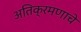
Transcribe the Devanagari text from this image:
अतिक्रमणाचे